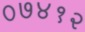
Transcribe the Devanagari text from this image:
०७४१२